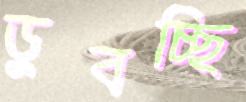
ডুবচ্ছি